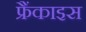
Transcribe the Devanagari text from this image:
फ्रैंकाइस